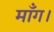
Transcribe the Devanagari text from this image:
माँग।